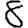
Digit: 8